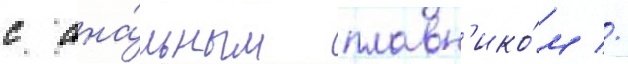
с ана́льным плавн'ико́м //